Vaccine operations Central Provinces 1868-1885 - 1868-1885
Year: 1868
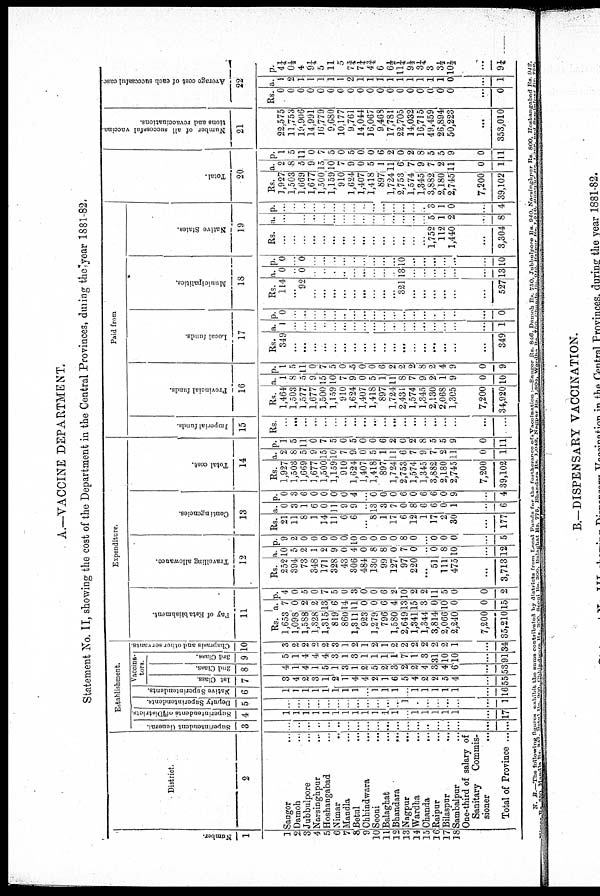
A.—VACCINE DEPARTMENT.
Statement No. II, showing the cost of the Department in the Central Provinces, during the year 1881-82.
Number.
1
3
2
3
4
5
6
7
8
9
10
11
12
13
14
15
16
17
18
District.
2
Saugor ...
Damoh ...
Jubbulpore ...
Narsinghpur ...
Hoshangabad ...
Nimar ...
Mandla ...
Betul ...
Chhindwara ...
Seoni ...
Balaghat ...
Bhandara ...
Nagpur
...
Wardha ...
Chanda
...
Raipur ...
Bilaspur ...
Sambalpur ...
One-third of salary of
Sanitary Cominis-
sioner ...
Total of Province ...
Establishment.
Superintendent General.
3
...
...
...
...
...
...
...
...
...
...
...
...
...
...
...
...
...
...
...
...
Superintendents of Districts.
4
1
1
1
1
1
1
1
1
1
1
1
1
...
1
1
1
1
1
...
17
Deputy Superintendents.
5
...
...
...
...
...
...
...
...
...
...
...
...
...
...
...
...
...
...
...
1
Native Superintendents.
6
1
1
1
1
1
1
1
1
...
1
1
1
..
1
1
1
1
1
...
16
Vaccina-
tors.
1st Class.
7
3
4
2
3
1
2
1
4
4
2
1
6
5
4
2
2
5
4
...
55
2nd Class.
8
4
1
4
1
5
1
3
1
2
5
2
3
2
2
4
3
4
6
...
53
3rd Class.
9
5
1
4
4
4
3
1
3
1
1
1
1
7
1
3
31
10
10
...
91
Chaprasis and other servants.
10
3
2
2
2
2
3
1
2
1
2
1
2
2
2
2
2
2
1
...
34
Expenditure.
Pay of Establishment.
11
Rs.
1,653
1,098
1,588
1,328
1,315
819
860
1,311
923
1,279
796
1,580
2,649
1,341
1,344
3,814
2,066
2,240
7,200
35,210
a.
7
0
2
2
13
6
14
11
0
0
6
4
13
15
3
0
10
0
0
15
p.
4
0
5
0
7
5
0
3
0
0
6
2
10
2
2
11
5
0
0
2
Travelling allowance.
12
Rs.
252
394
73
348
171
328
43
306
484
130
99
127
97
220
a.
10
5
2
1
2
9
0
4
0
8
8
0
7
0
p.
9
2
0
0
0
0
0
10
0
0
0
0
8
0
...
51
111
475
0
8
10
0
0
0
...
3,713 12 5
Contingencies.
13
Rs.
21
11
8
1
14
11
6
6
a.
0
3
1
6
0
11
9
9
p.
0
3
6
0
0
0
0
4
...
8
1
17
6
12
1
17
2
30
13
3
7
0
8
6
6
0
1
0
0
0
6
0
6
6
0
9
...
177 6 4
Total cost.
14
Rs.
1,927
1,503
1,669
1,677
1,500
1,159
910
1,624
1,407
1,418
897
1,724
2,753
1,574
1,345
3,882
2,180
2,745
7,200
39,102
a.
2
8
5
9
15
10
7
9
0
5
1
11
6
7
9
7
2
11
0
1
p.
1
5
11
0
7
5
0
5
0
0
6
2
0
2
8
5
5
9
0
11
Paid from
Imperial funds.
15
Rs.
...
...
...
...
...
...
...
...
...
...
...
...
...
...
...
...
...
...
...
...
Provincial funds.
16
Rs.
1,464
1,503
1,577
1,677
1,500
1,159
910
1,624
1,407
1,418
897
1,724
2,431
1,574
1,345
2,130
2,068
1,305
7,200
34,920
a.
1
8
5
9
15
10
7
9
0
5
1
11
8
7
9
2
1
9
0
10
p.
1
5
11
0
7
5
0
5
0
0
6
2
2
2
8
2
4
9
0
9
Local funds.
17
Rs.
349
a.
1
p.
0
...
...
...
...
...
...
...
...
...
...
...
...
...
...
...
...
...
...
349 1 0
Municipalities.
18
Rs.
114
a.
0
p.
0
...
92 0 0
...
...
...
...
...
...
...
...
...
321 13 10
...
...
...
...
...
...
527 13 10
Native States.
19
Rs. a. p.
...
...
...
...
...
...
...
...
...
...
...
...
...
...
...
1,752
112
1,440
5
1
2
3
1
0
...
3,304 8 4
Total.
20
Rs.
1,927
1,503
1,669
1,677
1,500
1,159
910
1,624
1,407
1,418
897
1,724
2,753
1,574
1,345
3,882
2,180
2,745
7,200
39,102
a.
2
8
5
9
15
10
7
9
0
5
1
11
6
7
9
7
2
11
0
1
p.
1
5
11
0
7
5
0
5
0
0
6
2
0
2
8
5
5
9
0
11
Number of all successful vaccina-
tions and revaccinations.
21
22,575
11,753
19,906
14,991
16,779
9,680
10,177
9,761
14,044
16,067
9,468
17,781
22,705
14,032
16,715
49,459
26,894
50,223
...
353,010
Average cost of each successful case.
22
Rs.
0
0
0
0
0
0
0
0
0
0
0
0
0
0
0
0
0
0
a.
1
2
1
1
1
1
1
2
1
1
1
1
1
1
1
1
1
0
p.
4¼
0½
4
9¼
5
11
5
7 ¾
7 ¼
4 ¾
6
6 ½
11 ¼
9 ½
3 ¼
3
3 ½
10 ½
...
0 1 9 ¼
N. B.—The following figures oxhibit the sums contributed by districts from Local Funds for the furtherance of Vaccination .—Saugor Rs. 846, Damoh Rs. 750. Jubbulpore Rs. 940, Narsinghpur Rs. 800, Hoshangabad Rs. 942,
Nimar-Rs. 550 Mandla Rs. 347. Batul Rs. 300 Chhindwara Rs. 300. Seoni Rs. 300, Balaghat Rs. 775, Bhandara Rs. 1,042, Nagpur Rs. 1,804, Wardha Rs. 750 Chanda Rs. 942, Raipur Rs.l,516. Bilaspur Rs. 1,369 and Sambalpur Rs. 750.